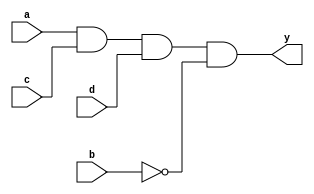
module clb_ag(
	input a,
	input b,
	input c,
	input d,
	output y
);
	
	wire f;
	assign f = a & c & d & ~b;
	assign y = f;


endmodule